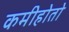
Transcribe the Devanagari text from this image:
कमीहोतो